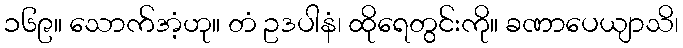
၁၆၉။ သောက်အံ့ဟု။ တံ ဥဒပါနံ၊ ထိုရေတွင်းကို။ ခဏာပေယျာသိ၊